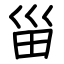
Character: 甾